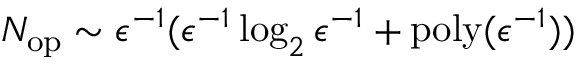
N _ { \mathrm { o p } } \sim \epsilon ^ { - 1 } ( \epsilon ^ { - 1 } \log _ { 2 } \epsilon ^ { - 1 } + \mathrm { p o l y } ( \epsilon ^ { - 1 } ) )